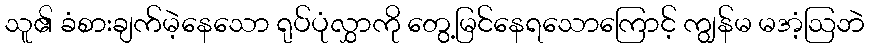
သူ၏ ခံစားချက်မဲ့နေသော ရုပ်ပုံလွှာကို တွေ့မြင်နေရသောကြောင့် ကျွန်မ မအံ့ဩဘဲ